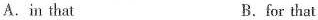
A.in that B.for that